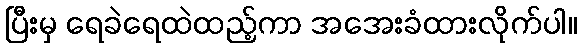
ပြီးမှ ရေခဲရေထဲထည့်ကာ အအေးခံထားလိုက်ပါ။